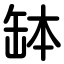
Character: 缽